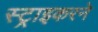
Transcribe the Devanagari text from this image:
स्ट्राइकरने